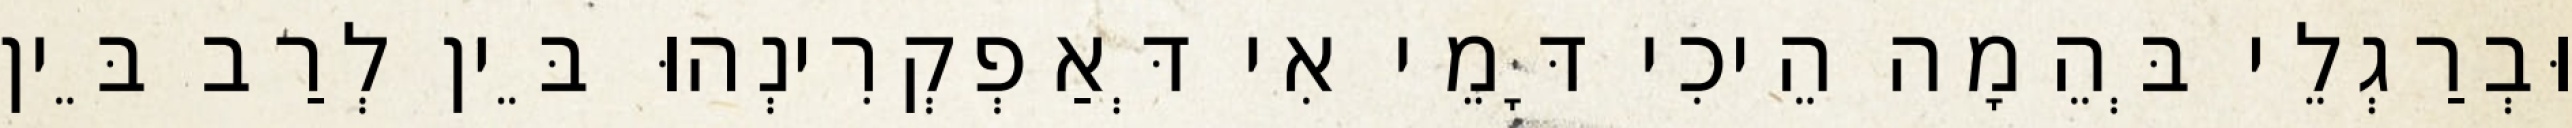
וּבְרַגְלֵי בְּהֵמָה הֵיכִי דָּמֵי אִי דְּאַפְקְרִינְהוּ בֵּין לְרַב בֵּין